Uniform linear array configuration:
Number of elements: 32
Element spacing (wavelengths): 0.25
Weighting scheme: kaiser
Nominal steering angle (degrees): -15
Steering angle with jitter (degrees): -16.265
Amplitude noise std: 0.05
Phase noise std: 0.05

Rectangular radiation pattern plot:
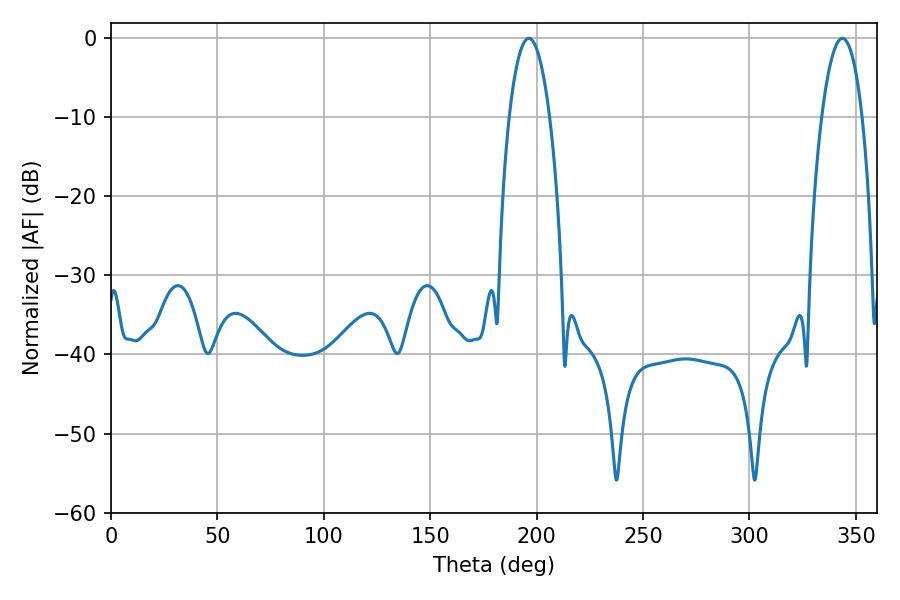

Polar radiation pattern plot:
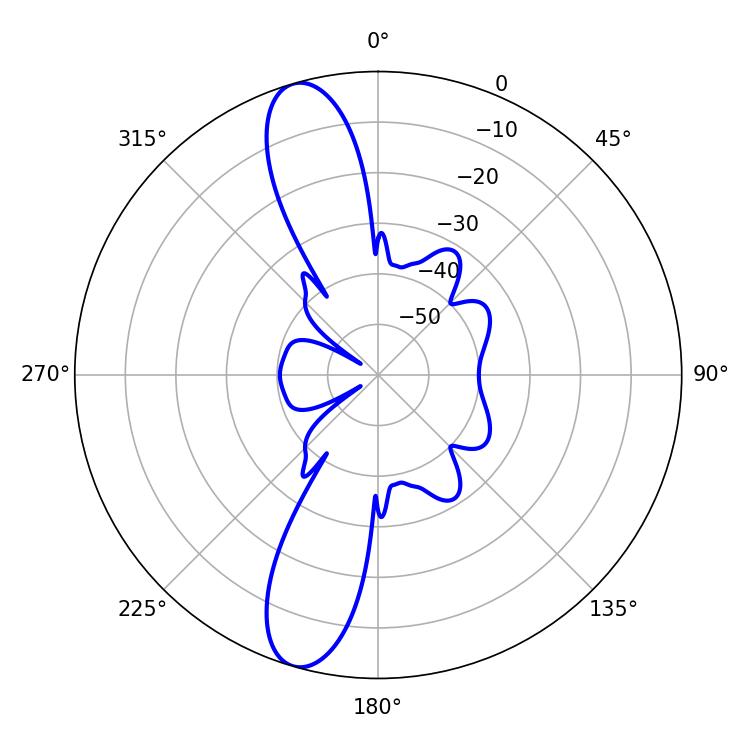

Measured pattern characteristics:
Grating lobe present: FALSE
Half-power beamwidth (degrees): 10.62
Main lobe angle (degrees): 343.62